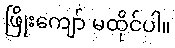
ဖြိုးကျော် မထိုင်ပါ။